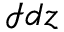
\mathcal { I } d z